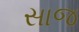
સાજ